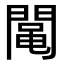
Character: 𨵜